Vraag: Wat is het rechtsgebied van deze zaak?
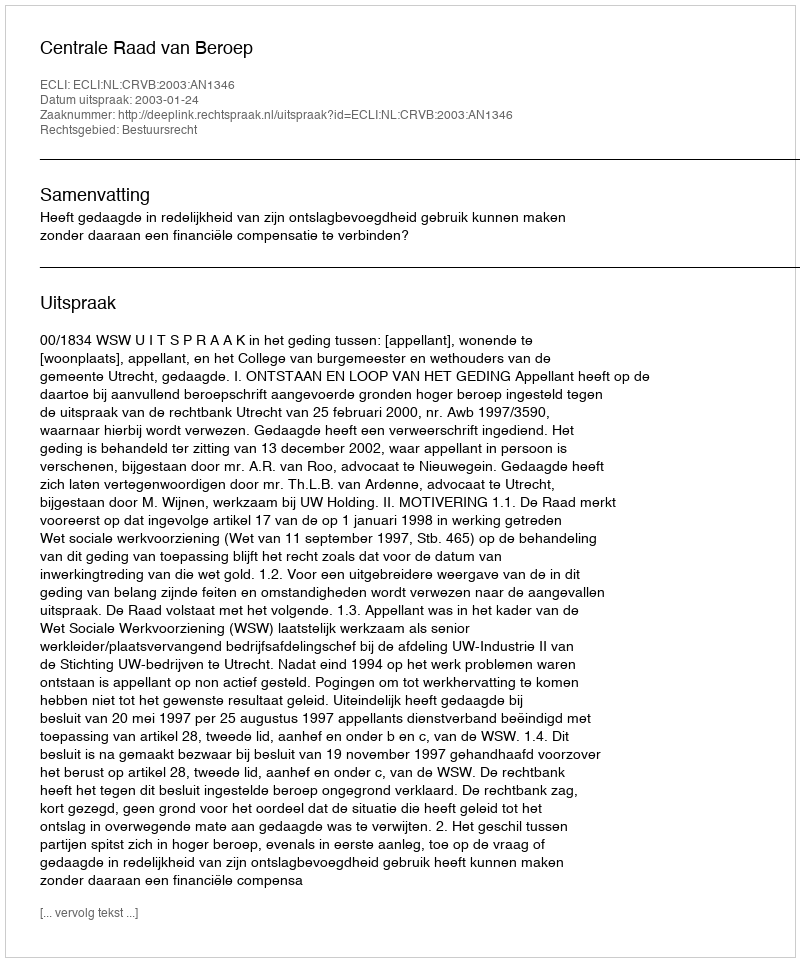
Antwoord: Bestuursrecht